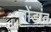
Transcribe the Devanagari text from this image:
तोंडांत